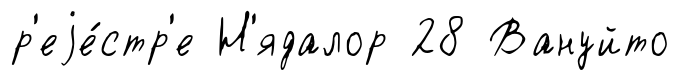
р'еjе́стр'е Н'ядалор 28 Вануйто